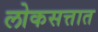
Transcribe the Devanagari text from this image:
लोकसत्तात